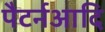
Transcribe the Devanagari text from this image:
पैटर्नआदि